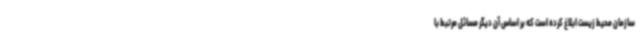
سازمان محیط زیست ابلاغ کرده است که بر اساس آن دیگر مسائل مرتبط با